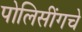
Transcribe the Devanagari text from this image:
पोलिसींगचे